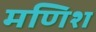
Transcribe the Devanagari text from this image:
मणिश